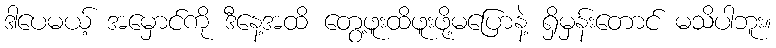
ဒါပေမယ့် အမှောင်ကို ဒီနေ့အထိ တွေ့ဖူးထိဖူးဖို့မပြောနဲ့ ရှိမှန်းတောင် မသိပါဘူး။